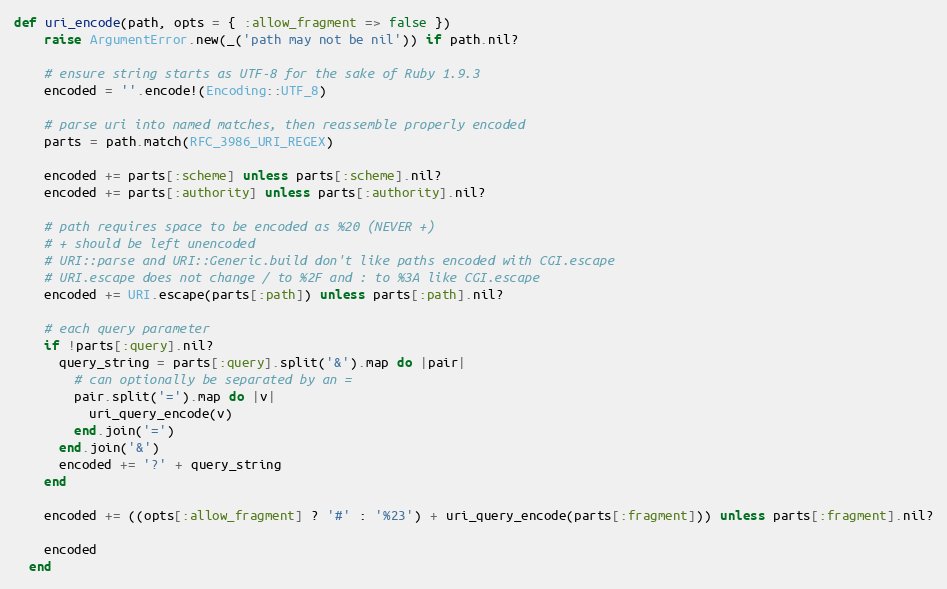
Language: Ruby
def uri_encode(path, opts = { :allow_fragment => false })
    raise ArgumentError.new(_('path may not be nil')) if path.nil?

    # ensure string starts as UTF-8 for the sake of Ruby 1.9.3
    encoded = ''.encode!(Encoding::UTF_8)

    # parse uri into named matches, then reassemble properly encoded
    parts = path.match(RFC_3986_URI_REGEX)

    encoded += parts[:scheme] unless parts[:scheme].nil?
    encoded += parts[:authority] unless parts[:authority].nil?

    # path requires space to be encoded as %20 (NEVER +)
    # + should be left unencoded
    # URI::parse and URI::Generic.build don't like paths encoded with CGI.escape
    # URI.escape does not change / to %2F and : to %3A like CGI.escape
    encoded += URI.escape(parts[:path]) unless parts[:path].nil?

    # each query parameter
    if !parts[:query].nil?
      query_string = parts[:query].split('&').map do |pair|
        # can optionally be separated by an =
        pair.split('=').map do |v|
          uri_query_encode(v)
        end.join('=')
      end.join('&')
      encoded += '?' + query_string
    end

    encoded += ((opts[:allow_fragment] ? '#' : '%23') + uri_query_encode(parts[:fragment])) unless parts[:fragment].nil?

    encoded
  end